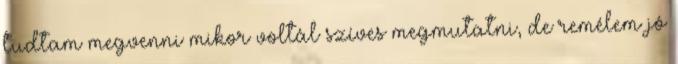
tudtam megvenni mikor voltál szíves megmutatni, de remélem jó